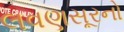
લવણસૂરનો